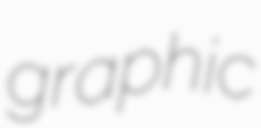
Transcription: graphic